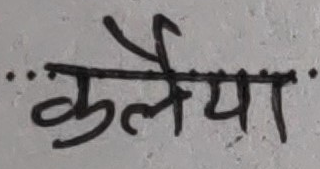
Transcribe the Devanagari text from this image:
कलैया